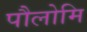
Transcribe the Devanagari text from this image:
पौलोमि